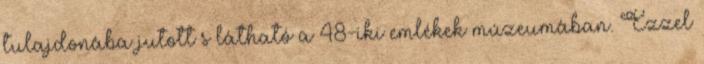
tulajdonába jutott s látható a 48-iki emlékek múzeumában. Ezzel